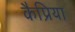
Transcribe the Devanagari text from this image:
कैप्रिया